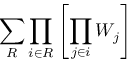
\sum _ { R } \prod _ { i \in R } \left[ \prod _ { j \in i } W _ { j } \right]